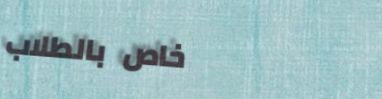
خاص بالطلاب